Tartu_pedagoogiumi_aruanded, lk 82
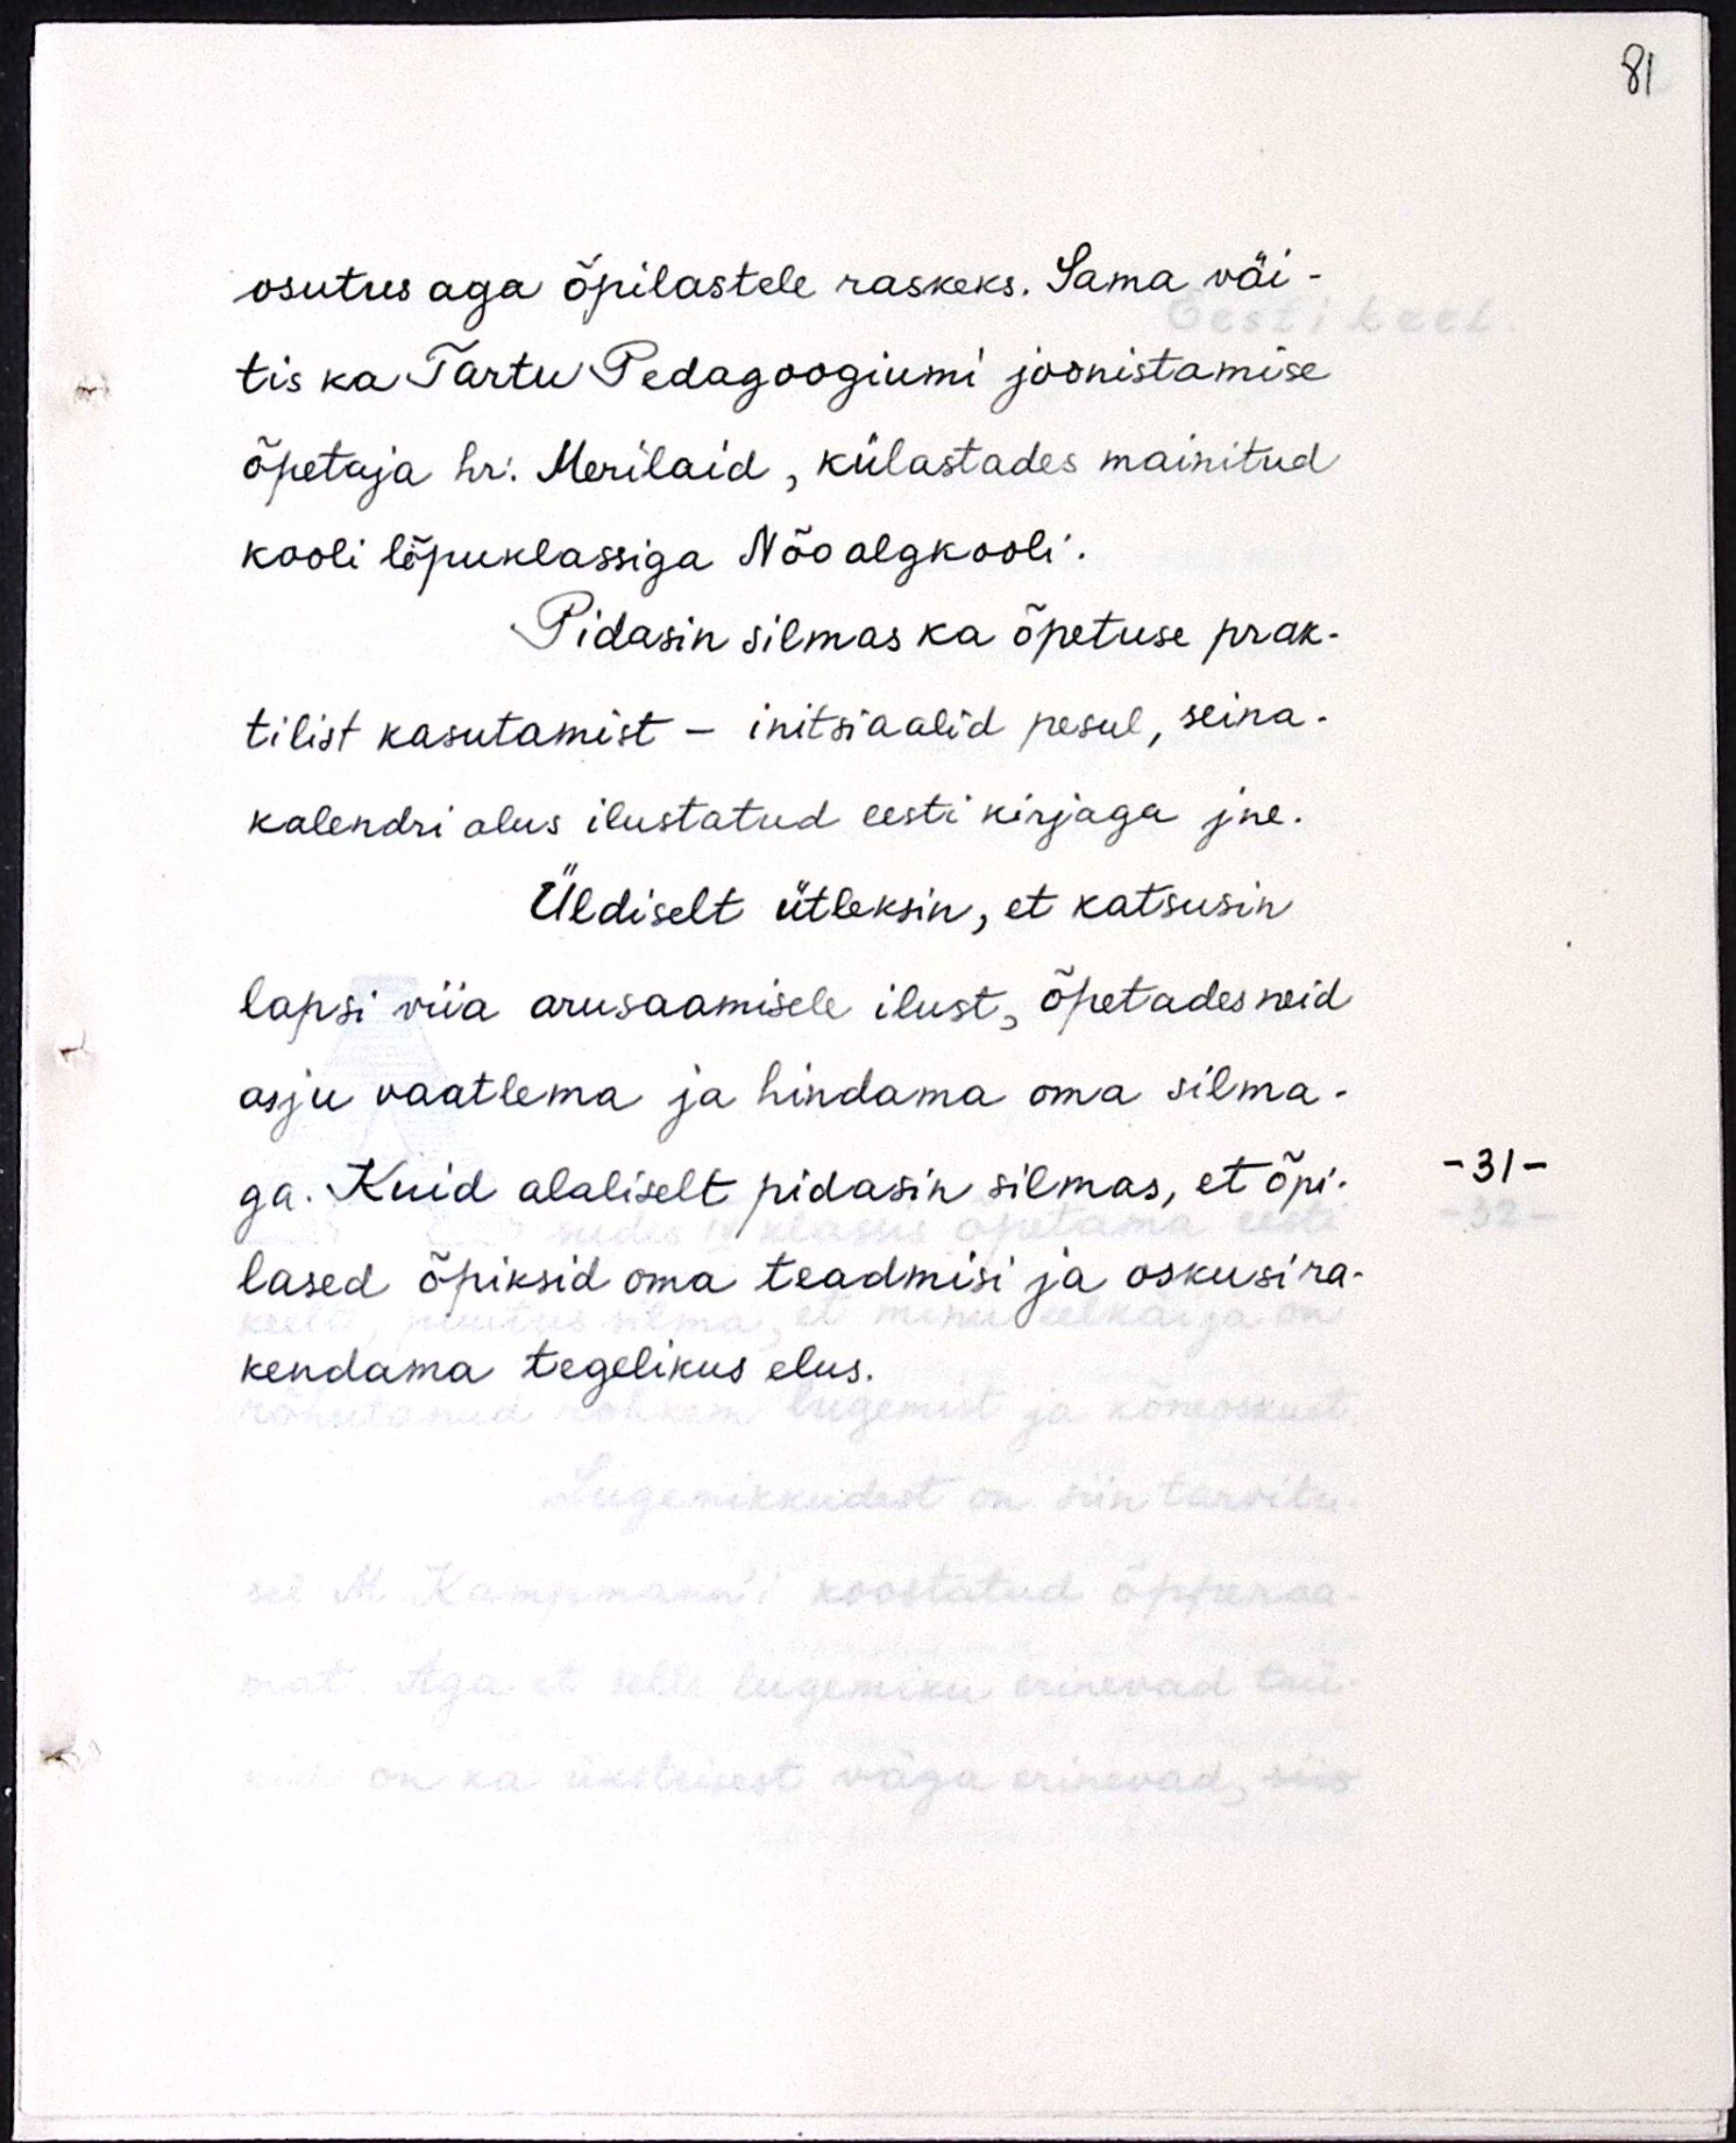
osutus aga õpilastele raskeks. Sama väi-
tis ka Tartu Pedagoogiumi joonistamise
õpetaja hr. Merilaid, külastades mainitud
kooli lõpuklassiga Nõo algkooli.
Pidasin silmas ka õpetuse prak-
tilist kasutamist - initsiaalid pesul, seina-
kalendri alus ilustatud eesti kirjaga jne.
Üldiselt ütleksin, et katsusin
lapsi viia arusaamisele ilust, õpetades neid
asju vaatlema ja hindama oma silma-
ga. Kuid alaliselt pidasin silmas, et õpi-
lased õpiksid oma teadmisi ja oskusi ra-
kendama tegelikus elus.